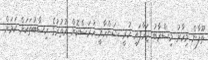
ތޫފާން މިހާރު މިސްރާބު ޖަހާފައި ހުރީ ޝަންހާއީ ހުރަސްކޮށް އުތުރުގެ ހިސާބުތަކަށް ކަމަށް